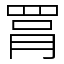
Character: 罥